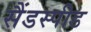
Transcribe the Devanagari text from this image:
सैंडस्‍पीड